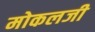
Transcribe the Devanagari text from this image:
मोकलजी